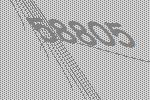
58805